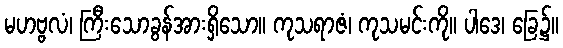
မဟဗ္ဗလံ၊ ကြီးသောခွန်အားရှိသော။ ကုသရာဇံ၊ ကုသမင်းကို။ ပါဒေ၊ ခြေ၌။